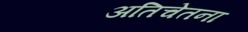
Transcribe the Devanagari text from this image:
अतिचेतना